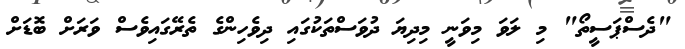
"ދެސްޕަސީތޯ" މި ލަވަ މިވަނީ މިދިޔަ ދުވަސްތަކުގައި ދިވެހިންގެ ތެރޭގައިވެސް ވަރަށް ބޮޑަށް